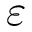
\varepsilon